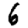
Digit: 6